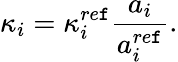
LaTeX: \kappa_{i}=\kappa_{i}^{re\mathtt{f}}\frac{{a_{i}}}{{a_{i}^{re\mathtt{f}}}}.